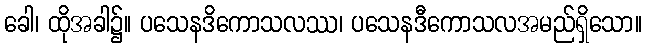
ခေါ၊ ထိုအခါ၌။ ပသေနဒိကောသလဿ၊ ပသေနဒီကောသလအမည်ရှိသော။